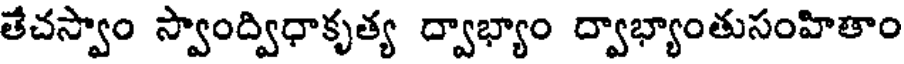
తేచస్వాం స్వాంద్విధాకృత్య ద్వాభ్యాం ద్వాభ్యాంతుసంహితాం